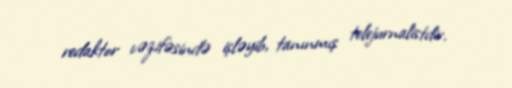
redaktor vəzifəsində işləyib, tanınmış telejurnalistdir.